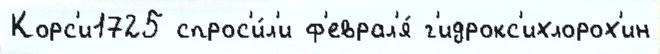
Корс'и1725 спрос'и́л'и ф'еврал'я́ г'идрокс'ихлорох'ин